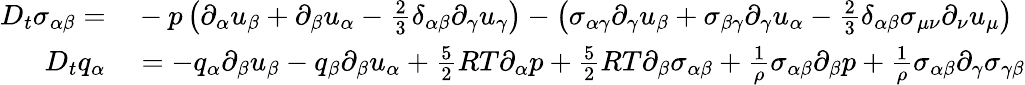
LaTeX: \begin{array}{rl}{D_{t}\sigma_{\alpha\beta}=}&{{}-p\left(\partial_{\alpha}u_{\beta}+\partial_{\beta}u_{\alpha}-\frac{2}{3}\delta_{\alpha\beta}\partial_{\gamma}u_{\gamma}\right)-\left(\sigma_{\alpha\gamma}\partial_{\gamma}u_{\beta}+\sigma_{\beta\gamma}\partial_{\gamma}u_{\alpha}-\frac{2}{3}\delta_{\alpha\beta}\sigma_{\mu\nu}\partial_{\nu}u_{\mu}\right)}\\ {D_{t}q_{\alpha}}&{{}=-q_{\alpha}\partial_{\beta}u_{\beta}-q_{\beta}\partial_{\beta}u_{\alpha}+\frac{5}{2}RT\partial_{\alpha}p+\frac{5}{2}RT\partial_{\beta}\sigma_{\alpha\beta}+\frac{1}{\rho}\sigma_{\alpha\beta}\partial_{\beta}p+\frac{1}{\rho}\sigma_{\alpha\beta}\partial_{\gamma}\sigma_{\gamma\beta}}\end{array}